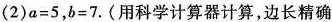
(2)$$a = 5$$，$$b = 7$$.(用科学计算器计算，边长精确